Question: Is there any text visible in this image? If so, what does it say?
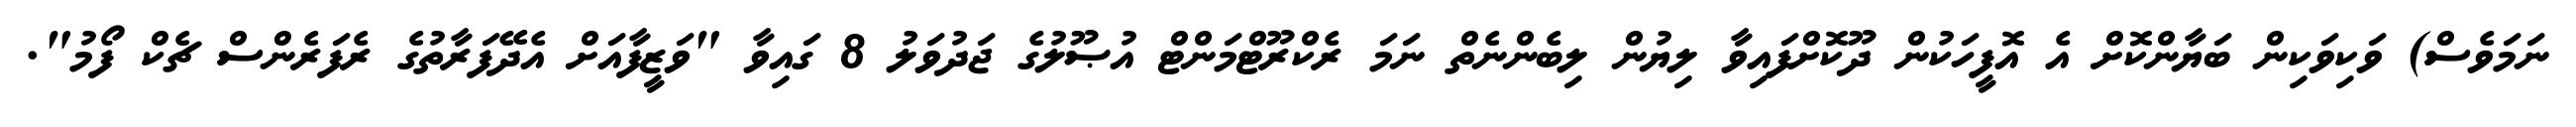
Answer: ނަމަވެސް) ވަކިވަކިން ބަޔާންކޮށް އެ އޮފީހަކުން ދޫކޮށްފައިވާ ލިޔުން ލިބެންނެތް ނަމަ ރެކްރޫޓްމަންޓް އުޞޫލުގެ ޖަދުވަލު 8 ގައިވާ "ވަޒީފާއަށް އެދޭފަރާތުގެ ރެފަރެންސް ޗެކް ފޯމު".